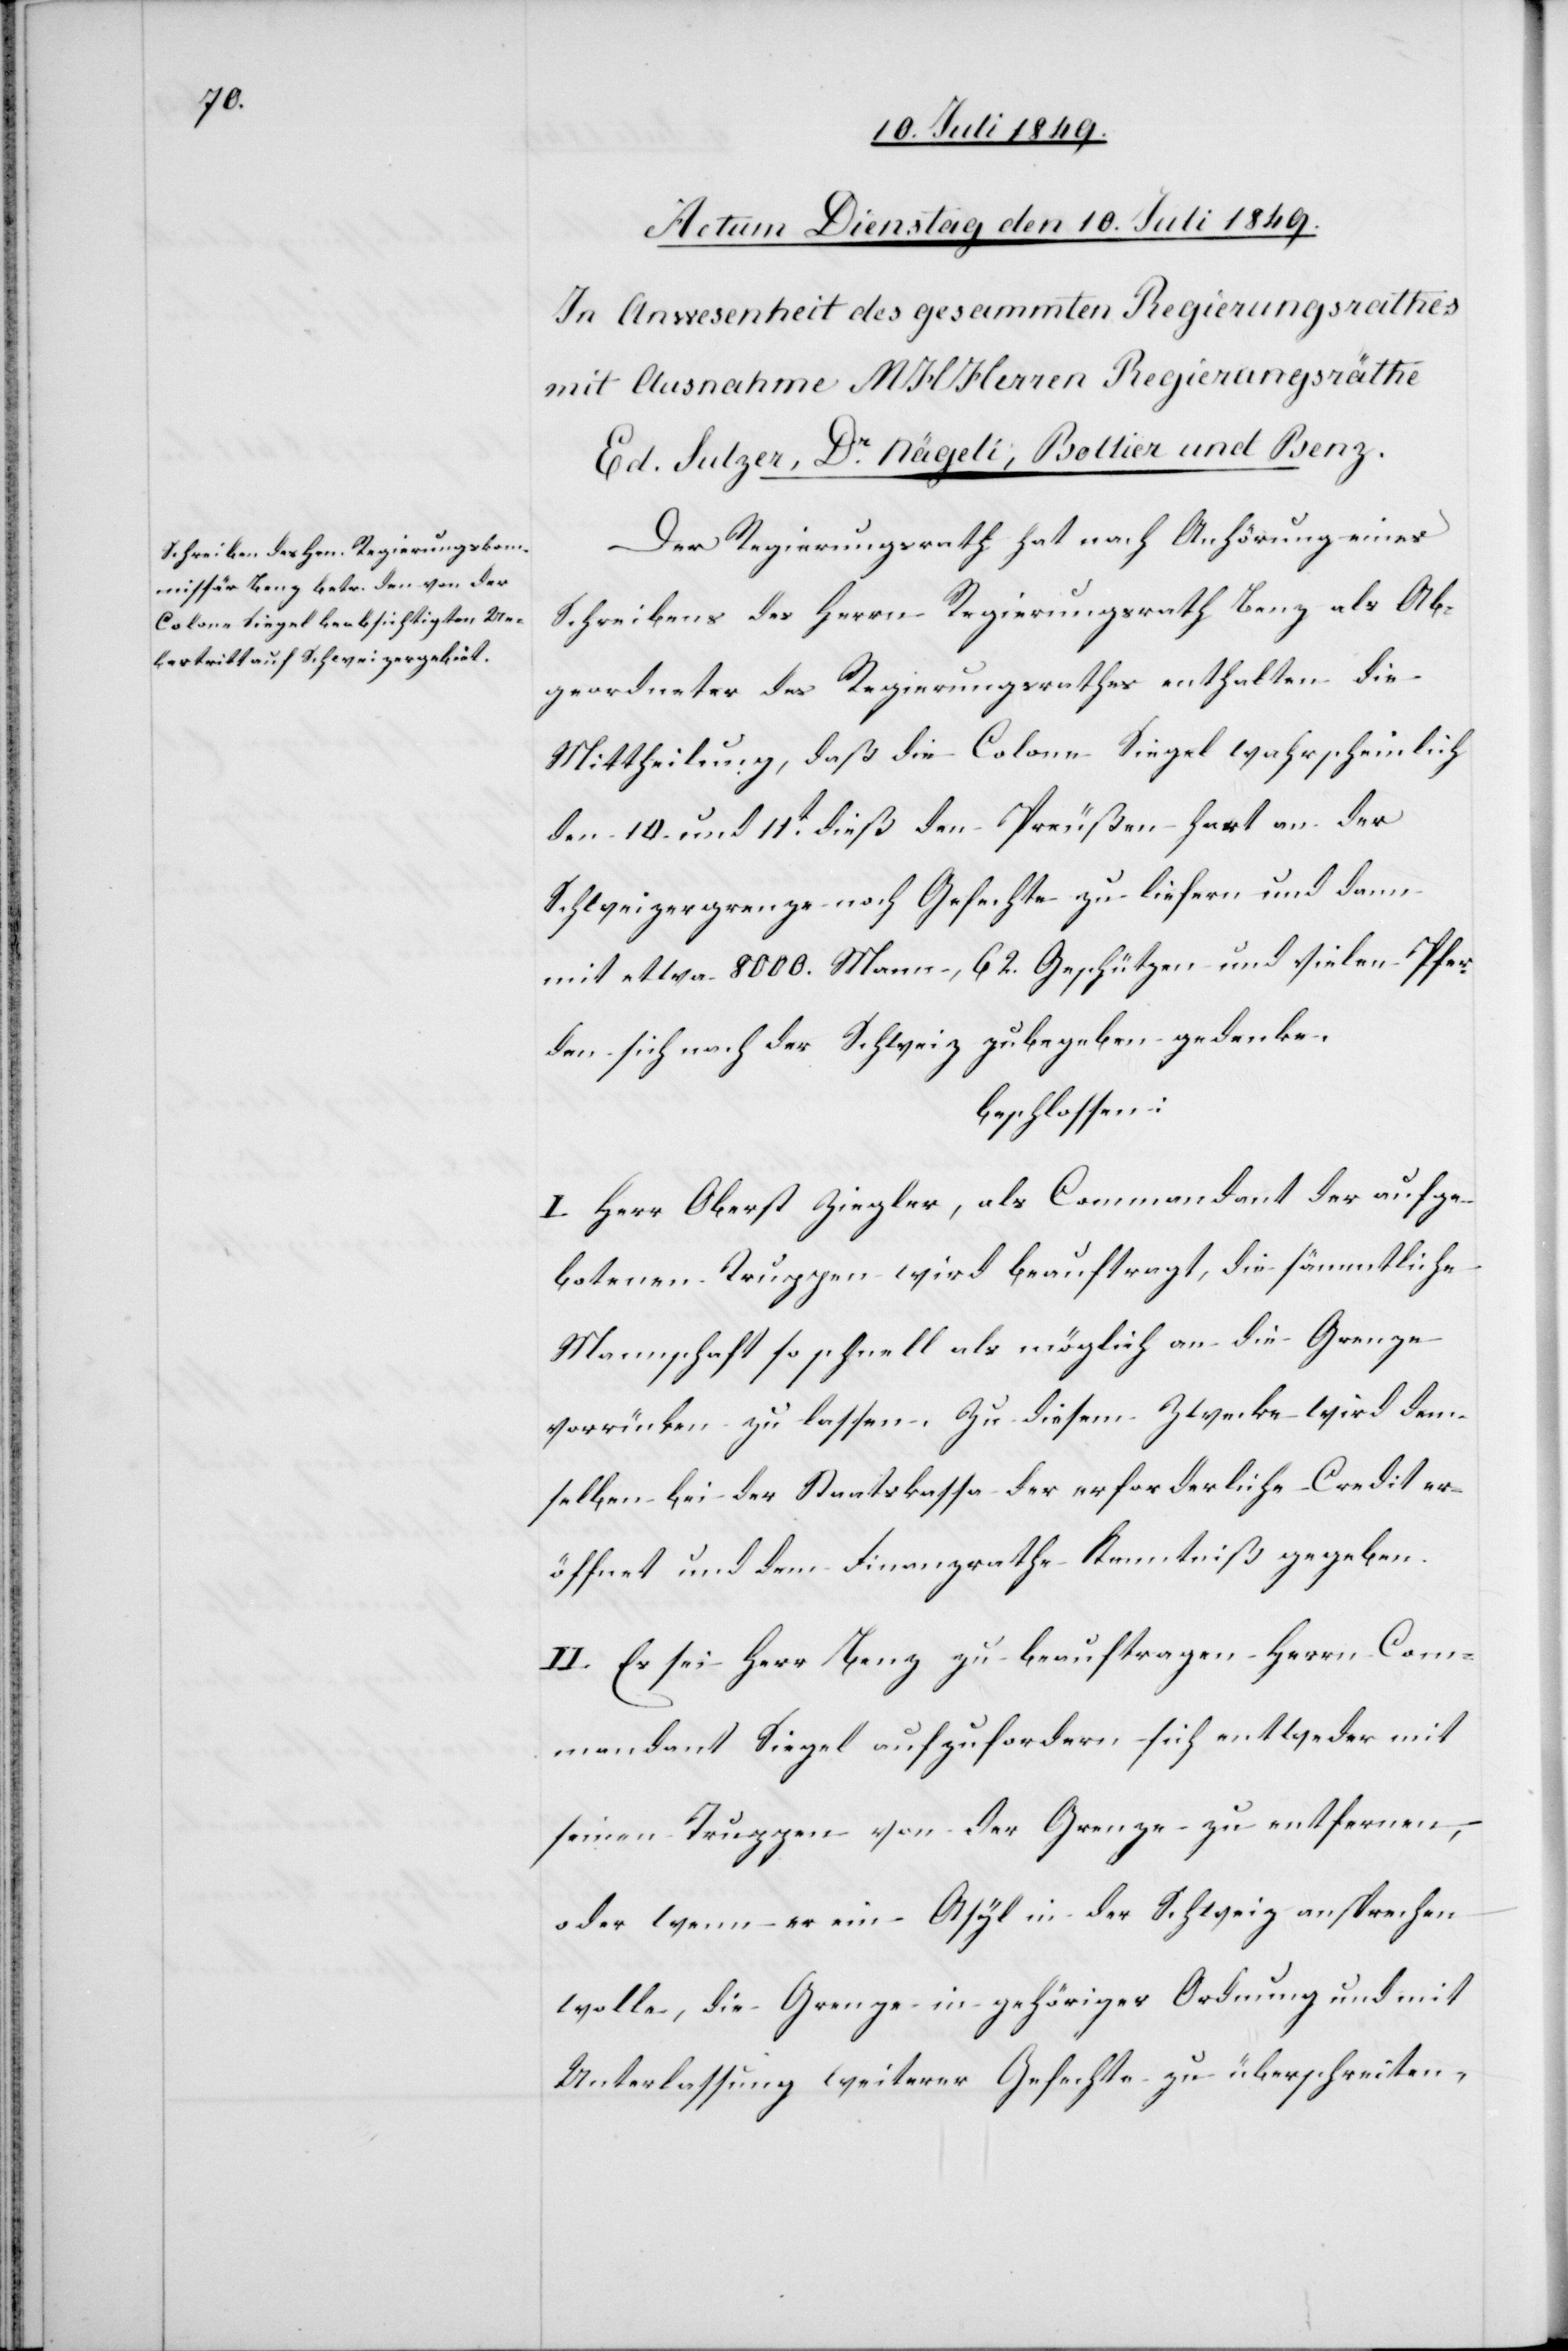
Der Regierungsrath hat nach Anhörung eines
Schreibens des Herrn Regierungsrath Benz als Ab¬
geordneter des Regierungsrathes enthalten die
Mittheilung, daß die Colone Siegel wahrscheinlich
den 10. und 11t dieß den Preußen hart an der
Schweizergrenze noch Gefechte zu liefern und dann
mit etwa 8000. Mann, 62. Geschützen und vielen Pfer¬
den sich nach der Schweiz zu begeben gedenke.
beschlossen:
I. Herr Oberst Ziegler, als Commandant der aufge¬
botenen Truppen wird beauftragt, die sämmtliche
Mannschaft so schnell als möglich an die Grenze
vorrücken zu lassen. Zu diesem Zwecke wird dem¬
selben bei der Staatskassa der erforderliche Credit er¬
öffnet und dem Finanzrathe Kenntniß gegeben.
II. Es sei Herr Benz zu beauftragen – Herrn Com¬
mandant Siegel aufzufordern sich entweder mit
seinen Truppen von der Grenze zu entfernen,
oder wenn er ein Asyl in der Schweiz ansprechen
wolle, die Grenze in gehöriger Ordnung und mit
Unterlassung weiterer Gefechte zu überschreiten,